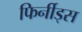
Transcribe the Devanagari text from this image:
फिर्नीड्स